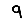
Digit: 9